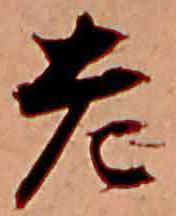
老